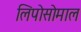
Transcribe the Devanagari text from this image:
लिपोसोमाल